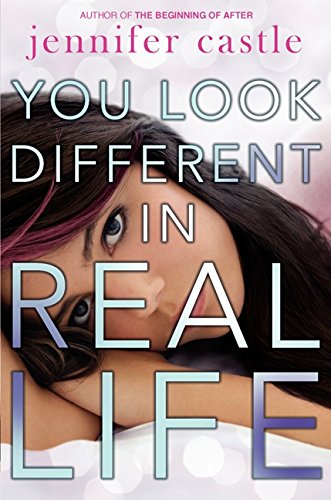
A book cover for You Look Different in Real Life; Jennifer Castle; Humor & Entertainment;